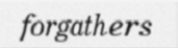
forgathers